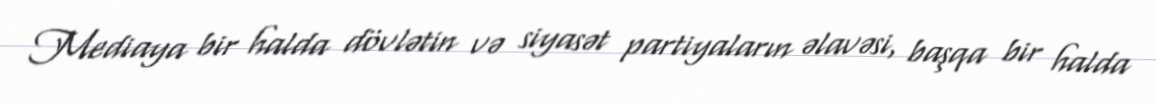
Mediaya bir halda dövlətin və siyasət partiyaların əlavəsi, başqa bir halda